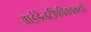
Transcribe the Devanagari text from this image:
आईडेनटीफीकाक्यो